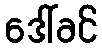
ဒေါ်ခင်